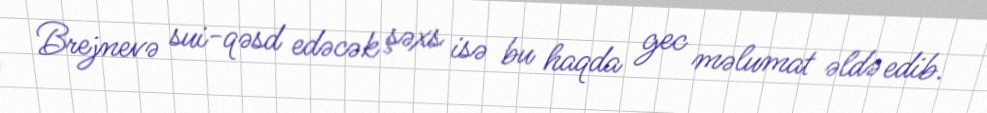
Brejnevə sui-qəsd edəcək şəxs isə bu haqda gec məlumat əldə edib.